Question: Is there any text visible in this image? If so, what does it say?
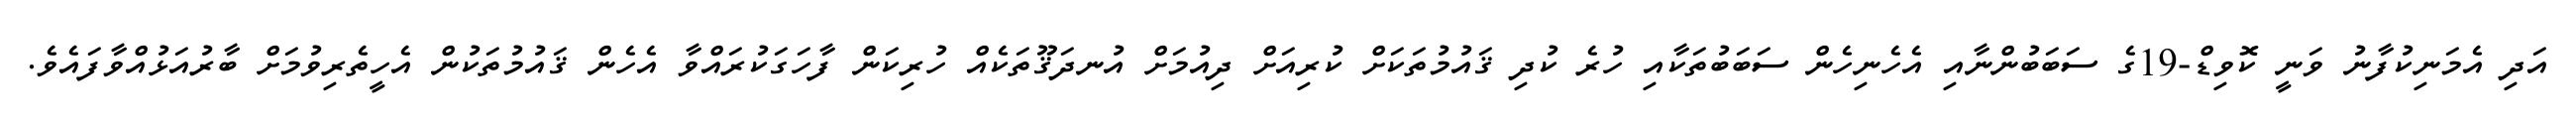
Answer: އަދި އެމަނިކުފާނު ވަނީ ކޮވިޑް-19ގެ ސަބަބުންނާއި އެހެނިހެން ސަބަބުތަކާއި ހުރެ ކުދި ޤައުމުތަކަށް ކުރިއަށް ދިއުމަށް އުނދަޤޫތަކެއް ހުރިކަން ފާހަގަކުރައްވާ އެހެން ޤައުމުތަކުން އެހީތެރިވުމަށް ބާރުއަޅުއްވާފައެވެ.